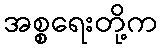
အစ္စရေးတို့က